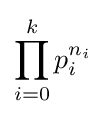
\prod _{i=0}^{k}p_{i}^{n_{i}}